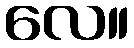
လေ။